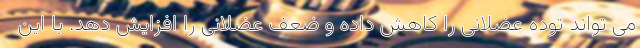
می تواند توده عضلانی را کاهش داده و ضعف عضلانی را افزایش دهد. با این